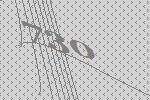
730